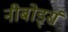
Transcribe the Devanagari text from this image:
नीबोर्ड्स